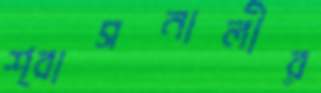
শ্বাসনালীর